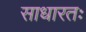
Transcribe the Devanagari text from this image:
साधारतः